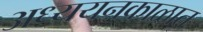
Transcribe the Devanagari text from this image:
अध्ययनकाळात